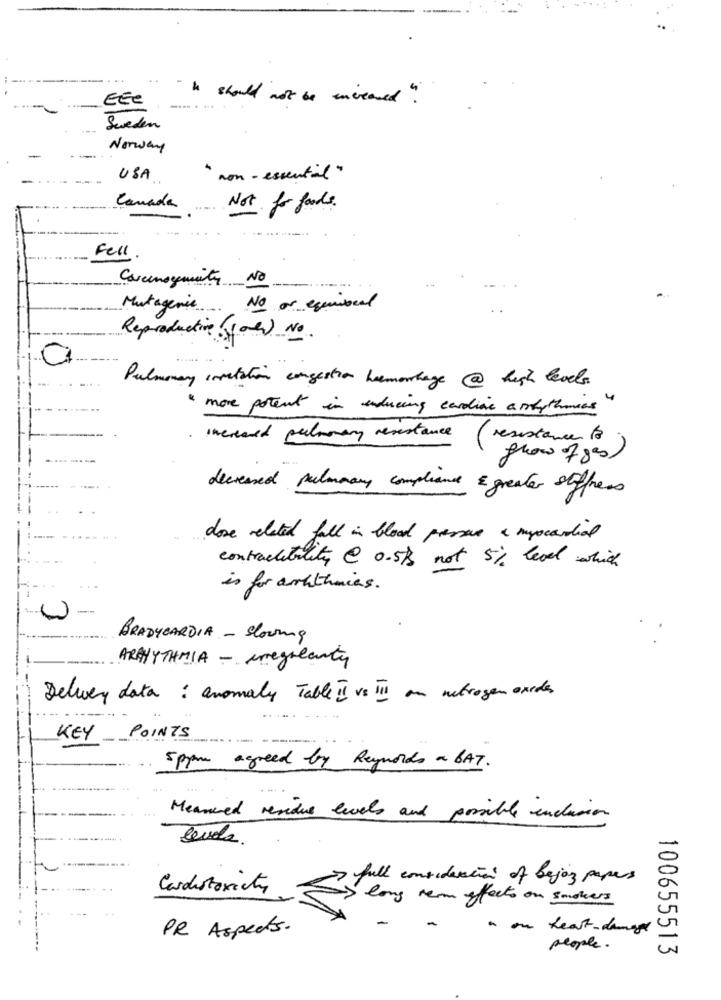
EEE
" he should not be increased "
Sweden
Norway
USA
" non- essential"
Canada
Not for foods.
Fell
Covernogenity NO
Mutagenic No or equi
Reproductive ( Jones) No
Pulmonary invitation congestion hemorhage @ high level.
" more potent in inducing cardine a rhythmas
increased pulmonary resistance
( resistance to
show of gas)
decreased pulmonary compliance & greater stiffness
dose related fall in blood pressure & myocardial
contractability @ 0-5ks not 5% level which
...
is for archthmies .
-
BRADYCARDIA - Scoring
ARHYTHMIA - aregreanty
Delvey data : anomaly Table TI vs III an nitrogen oxides
KEY POINTS
spraw agreed by Reynolds a BAT.
Measured residue levels and possible inclusion
cenala.
full consideration of bejoy papers
Cardistoxicto
long term efects on smokers
PR Aspects.
a ou heart-damage
people.
100655513